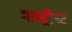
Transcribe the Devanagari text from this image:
मास्ट्रीच्ट